NAE_ERA_R-1665_Eesti_Kunstnike_Liit, lk 25
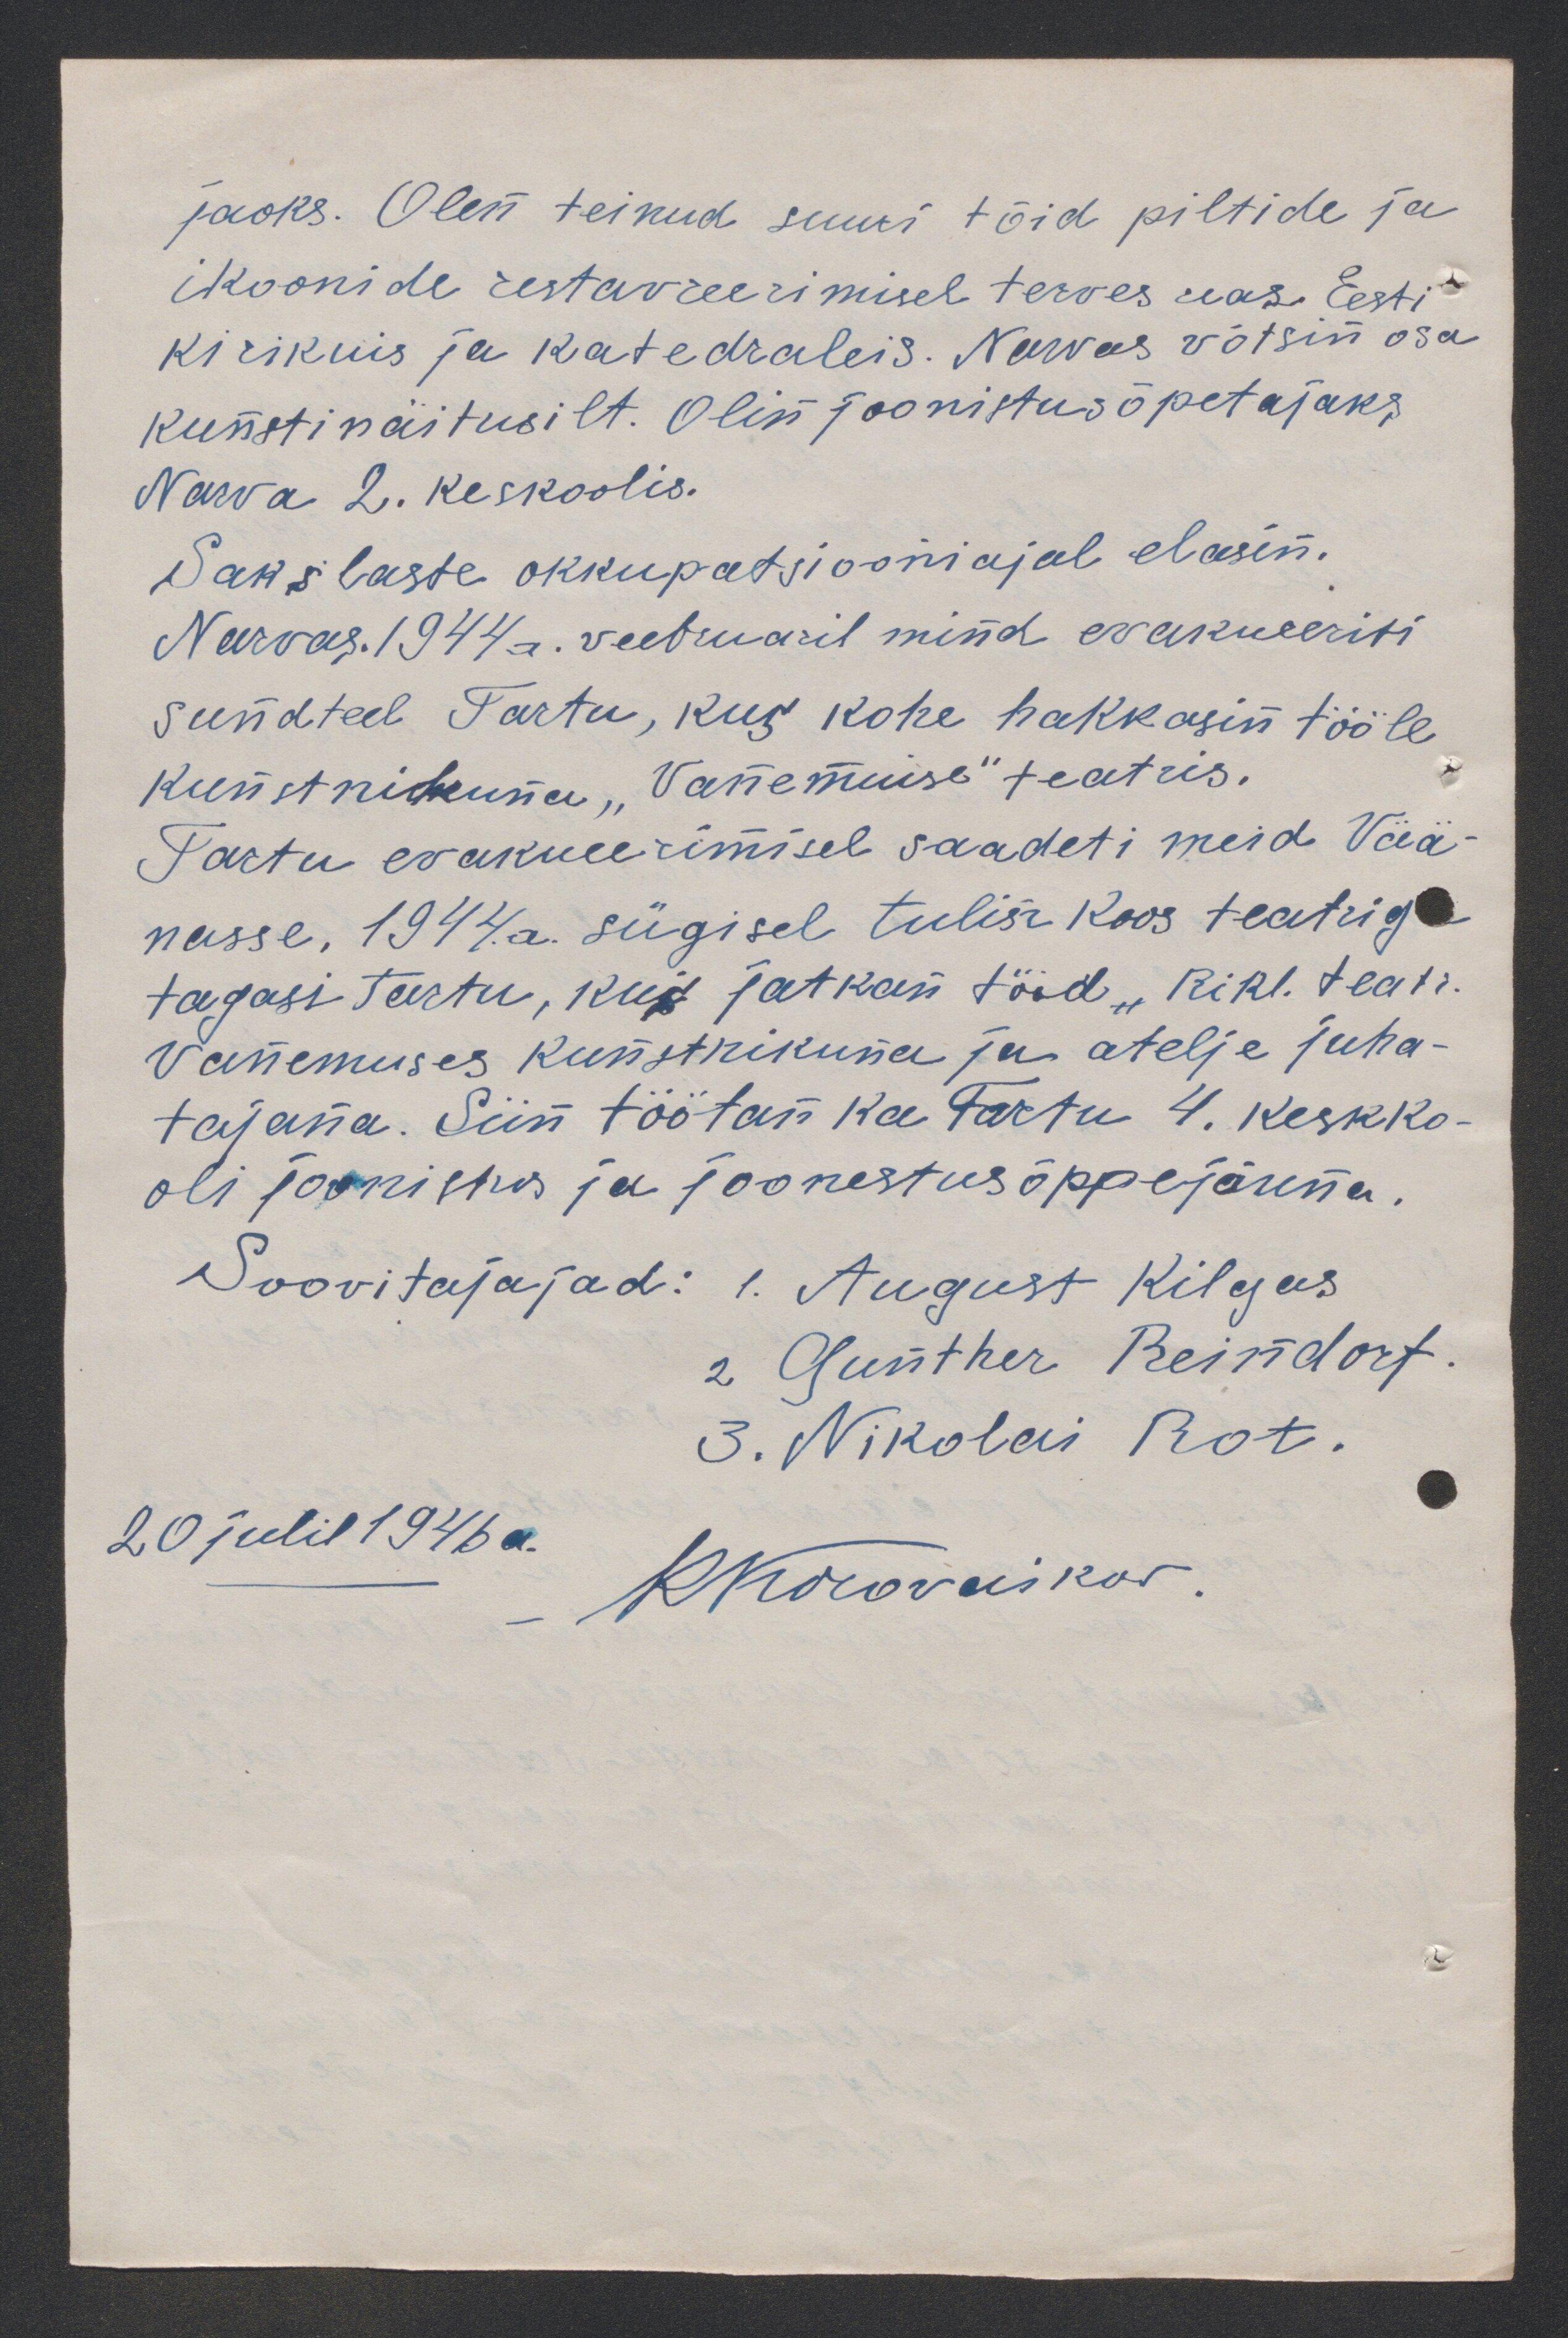
jaoks. Olen teinud suuri töid piltide ja
ikoonide restavreerimisel terves reas Eesti
kirikuis ja katedraleis. Narvas võtsin osa
kunstinäitusilt. Olin joonistusõpetajaks
Narva 2. keskoolis.
Sakslaste okkupatsiooniajal elasin.
Narvas. 1944a. veebruaril mind evakueeriti
sundteel Tartu, kus kohe hakkasin tööle
kunstnikuna "Vanemuise" teatris.
Tartu evakueerimisel saadeti meid Vää-
nasse, 1944. a. sügisel tulin koos teatriga
tagasi Tartu, kus jatkan tööd "Rikl. teatr.
Vanemuses kunstnikuna ja atelje juha-
tajana. Siin töötan ka Tartu 4. keskko-
oli joonistus ja joonestusõppejõuna.
Soovitajajad: 1. August Kilgas
2 Gunther Reindorf.
3. Nikolai Rot.
20 julil 1946 a.
KKorovaikov.